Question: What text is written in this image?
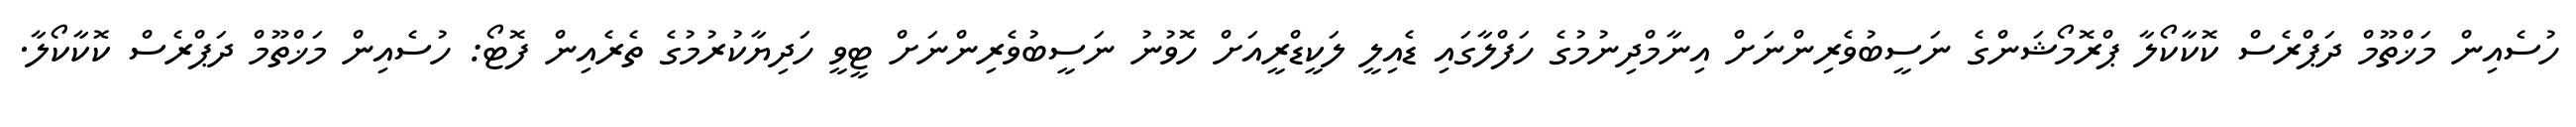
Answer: ހުސެއިން މަޚްތޫމް ދަޕްރެސް ކޮކާކޯލާ ޕްރޮމޯޝަންގެ ނަސީބުވެރިންނަށް އިނާމްދިނުމުގެ ހަފްލާގައި ޑެއިލީ ލަކީޑްރީއަށް ހޮވުނު ނަސީބުވެރިންނަށް ޓީވީ ހަދިޔާކުރުމުގެ ތެރެއިން ފޮޓޯ: ހުސެއިން މަޚްތޫމް ދަޕްރެސް ކޮކާކޯލާ.